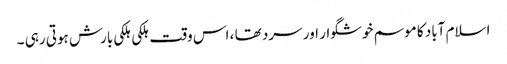
اسلام آباد کا موسم خوشگوار اور سرد تھا ، اس وقت ہلکی ہلکی بارش ہوتی رہی ۔